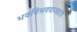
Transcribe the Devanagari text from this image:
भवविभववाञ्छापि